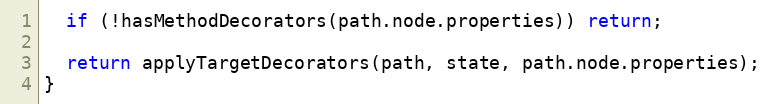
Language: JavaScript
  if (!hasMethodDecorators(path.node.properties)) return;

  return applyTargetDecorators(path, state, path.node.properties);
}